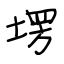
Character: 塄